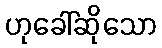
ဟုခေါ်ဆိုသော